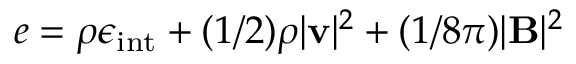
e = \rho \epsilon _ { \mathrm { i n t } } + ( 1 / 2 ) \rho | \mathbf { v } | ^ { 2 } + ( 1 / 8 \pi ) | \mathbf { B } | ^ { 2 }